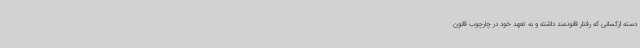
دسته ازکسانی که رفتار قانونمند داشته و به تعهد خود در چارچوب قانون